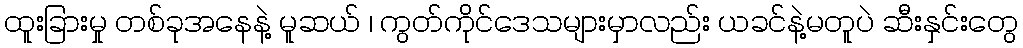
ထူးခြားမှု တစ်ခုအနေနဲ့ မူဆယ် ၊ ကွတ်ကိုင်ဒေသများမှာလည်း ယခင်နဲ့မတူပဲ ဆီးနှင်းတွေ